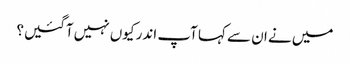
میں‌ نے ان سے کہا آپ اندر کیوں‌ نہیں‌ آگئیں؟